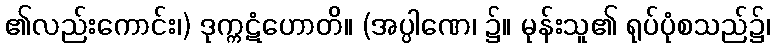
၏လည်းကောင်း၊) ဒုက္ကဋံဟောတိ။ (အပ္ပါဏေ၊ ၌။ မုန်းသူ၏ ရုပ်ပုံစသည်၌၊